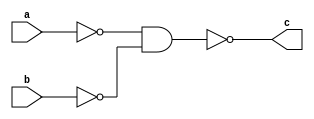
module or1(output c, input a, input b);

wire a1, b1;

nand(a1, a);
nand(b1, b);
nand(c, a1, b1);

endmodule